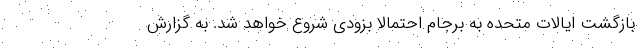
بازگشت ایالات متحده به برجام احتمالا بزودی شروع خواهد شد. به گزارش